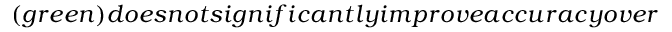
( g r e e n ) d o e s n o t s i g n i f i c a n t l y i m p r o v e a c c u r a c y o v e r